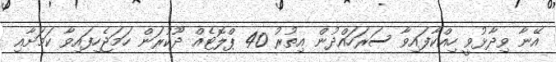
އޭނާ ވިދާޅުވީ ހިއްކާފައިވާ ސަރަހައްދުން އިތުރު 40 ޕްލޮޓެއް ދޫކުރަން ހަމަޖެހިފައިވާ ކަމަށާއި